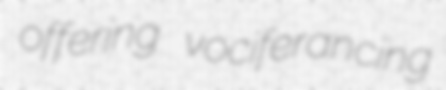
offering vociferancing